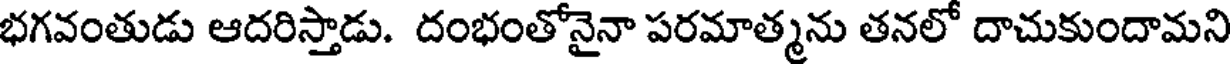
భగవంతుడు ఆదరిస్తాడు. దంభంతోనైనా పరమాత్మను తనలో దాచుకుందామని